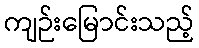
ကျဉ်းမြောင်းသည့်